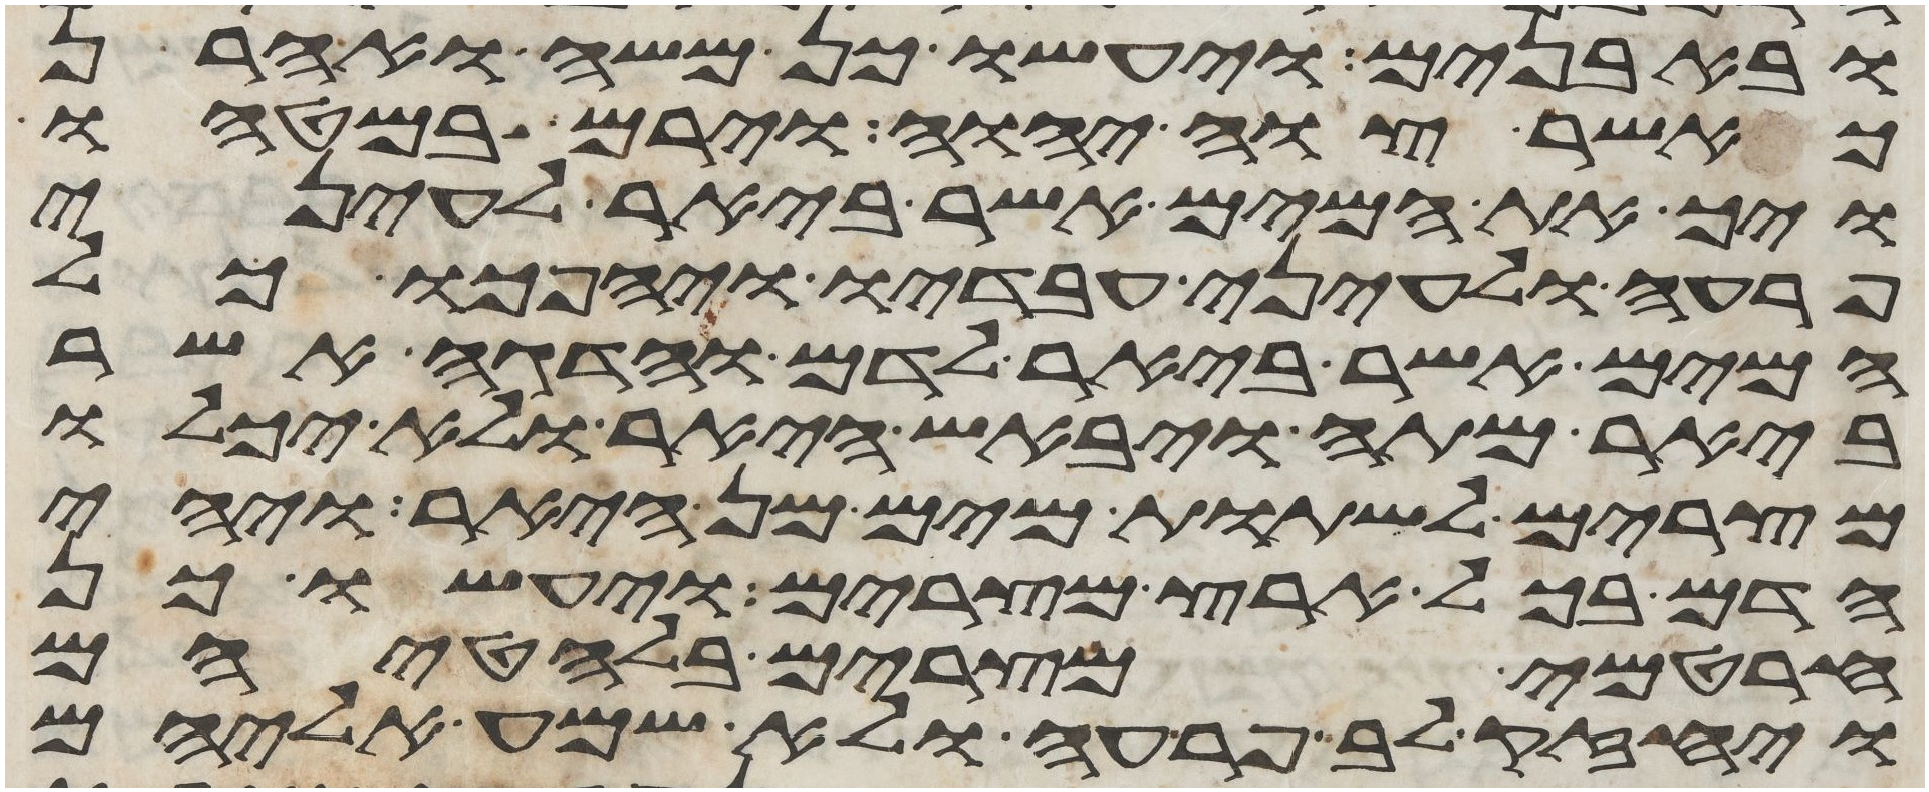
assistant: ובאבנים ויעשו כן משה ואהרן
כאשר צוה יהוה וירם במטהו
ויך את המים אשר ביאר לעיני
פרעה ולעיני עבדיו ויהפכו כל
המים אשר ביאר לדם והדגה אשר
ביאר מתה ויבאש היאר ולא יכלו
מצרים לשתות מים מן היאר ויהי
הדם בכל ארץ מצרים ויעשו כן
חרטמי מצרים בלחטיהם
ויחזק לב פרעה ולא שמע אליהם